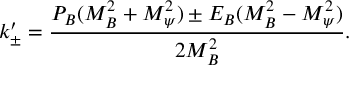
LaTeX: k _ { \pm } ^ { \prime } = \frac { P _ { B } ( M _ { B } ^ { 2 } + M _ { \psi } ^ { 2 } ) \pm E _ { B } ( M _ { B } ^ { 2 } - M _ { \psi } ^ { 2 } ) } { 2 M _ { B } ^ { 2 } } .